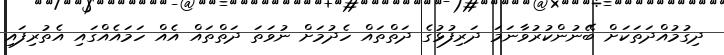
ދިގުމުއްދަތަކަށް ބޭނުންކުރުވާނަމަ ދަރިފުޅުގެ ދަތްތައް ހެދުމަށް ނުވަތަ ދަތްތައް އެއް ހަމައެއްގައި އެތުރިފައި